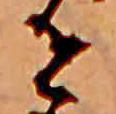
せ